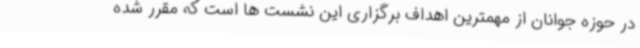
در حوزه جوانان از مهمترین اهداف برگزاری این نشست ها است که مقرر شده